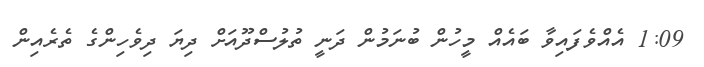
1:09 އެއްވެފައިވާ ބައެއް މީހުން ބުނަމުން ދަނީ ތުލުސްދޫއަށް ދިޔަ ދިވެހިންގެ ތެރެއިން